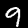
Digit: 9